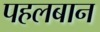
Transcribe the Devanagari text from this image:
पहलबान